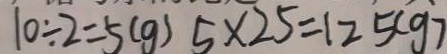
1 0 \div 2 = 5 ( g ) 5 \times 2 5 = 1 2 5 ( g )